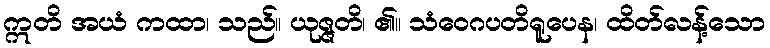
ဣတိ အယံ ကထာ၊ သည်။ ယုဇ္ဇတိ၊ ၏။ သံဝေဂပတိရူပေန၊ ထိတ်လန့်သော